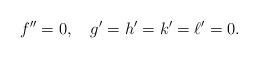
LaTeX: \begin{align*}f{''} = 0, \quad g' = h' = k' = \ell' = 0.\end{align*}